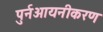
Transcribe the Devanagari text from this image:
पुर्नआयनीकरण